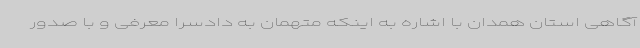
آگاهی استان همدان با اشاره به اینکه متهمان به دادسرا معرفی و با صدور